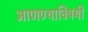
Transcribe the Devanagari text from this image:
आणण्याविषयी